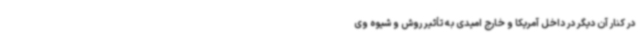
در کنار آن دیگر در داخل آمریکا و خارج امیدی به تأثیر روش و شیوه وی